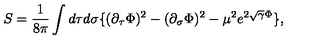
S = { \frac { 1 } { 8 \pi } } \int d \tau d \sigma \{ ( \partial _ { \tau } \Phi ) ^ { 2 } - ( \partial _ { \sigma } \Phi ) ^ { 2 } - \mu ^ { 2 } e ^ { 2 \sqrt { \gamma } \Phi } \} ,